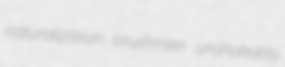
naturalization brushmen unshakably